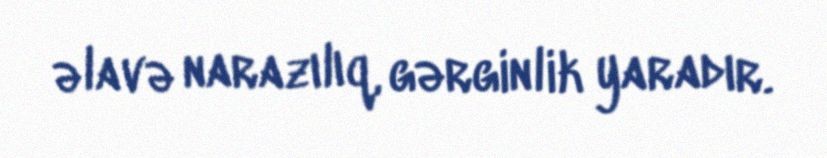
əlavə narazılıq, gərginlik yaradır.